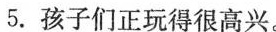
5.孩子们正玩得很高兴。